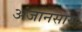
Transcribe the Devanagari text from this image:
अंजानसारा